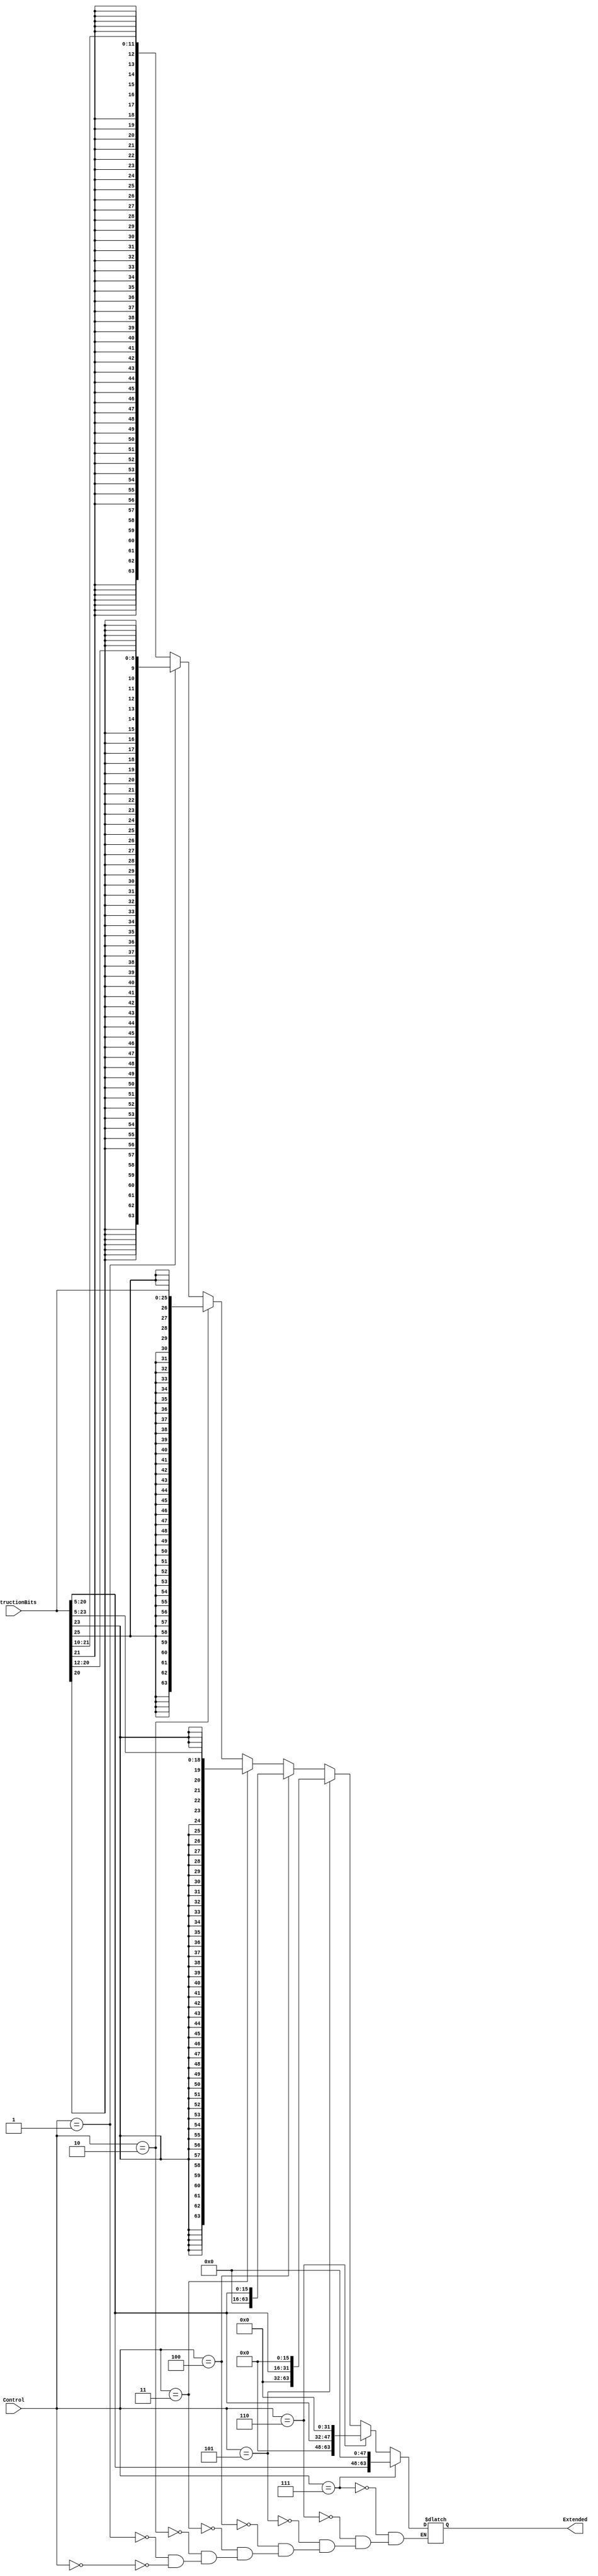
module SignExtender(InstructionBits, Control, Extended);
    // inputs and outputs here
    input [25:0] InstructionBits;
    input [2:0] Control;
    output reg [63:0] Extended;

    // logic here
    reg extBit;


    always @(*) begin
        // I type
        if (Control == 3'b000) begin
            extBit = InstructionBits[21];
            Extended = {{63-11{extBit}}, InstructionBits[21:10]};
        end

        // D type
        if (Control == 3'b001) begin
            extBit = InstructionBits[20];
            // extBit = {55{Instr25_0[20]}, Instr25_0[20:12]};
            Extended = {{63-8{extBit}}, InstructionBits[20:12]};
        end

        // B type
        if (Control == 3'b010) begin
            extBit = InstructionBits[25];
            Extended = {{63-25{extBit}}, InstructionBits};
        end

        // CB type
        if (Control == 3'b011) begin
            extBit = InstructionBits[23];
            Extended = {{63-18{extBit}}, InstructionBits[23:5]};
        end

        // MOVZ - No Shift
        if (Control == 3'b100) begin
            Extended = InstructionBits[20:5];
        end

        // MOVZ - 16 bits
        if (Control == 3'b101) begin
            Extended = {InstructionBits[20:5], {16{1'b0}}};
        end

        // MOVZ - 32 bits
        if (Control == 3'b110) begin
            Extended = {InstructionBits[20:5], {32{1'b0}}};
        end

        // MOVZ - 48 bits
        if (Control == 3'b111) begin
            Extended = {InstructionBits[20:5], {48{1'b0}}};
        end
    end

    // assign Extended = tempExtended;
    

endmodule